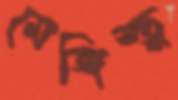
মেঙ্গিস্তু